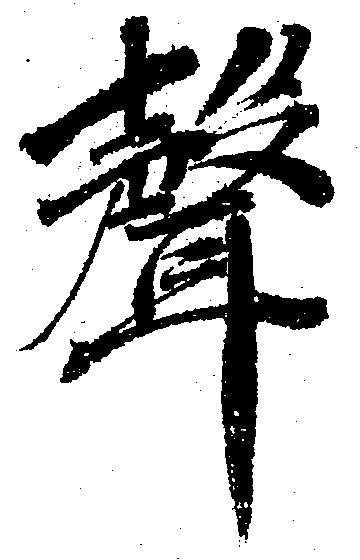
声